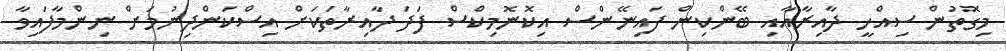
މިގޮތުން ސިއްހީ ދާއިރާއާއި ބޭންކިން ފައިނޭންސް އިކޮނޮމިކްސް ފަދަ ދާއިރާތަކަށް އިސްކަންދިނުމަށް ނިންމާފައިވާ